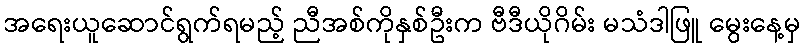
အရေးယူဆောင်ရွက်ရမည့် ညီအစ်ကိုနှစ်ဦးက ဗီဒီယိုဂိမ်း မသံဒါဖြူ မွေးနေ့မှ